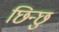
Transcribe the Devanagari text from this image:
छिन्छु